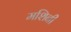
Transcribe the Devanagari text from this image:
मशिनी